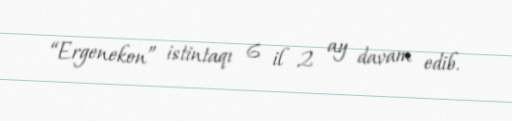
“Ergenekon” istintaqı 6 il 2 ay davam edib.